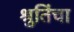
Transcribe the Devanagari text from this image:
श्रुतिंचा